Annual report on the working of the lock hospitals in the Central Provinces
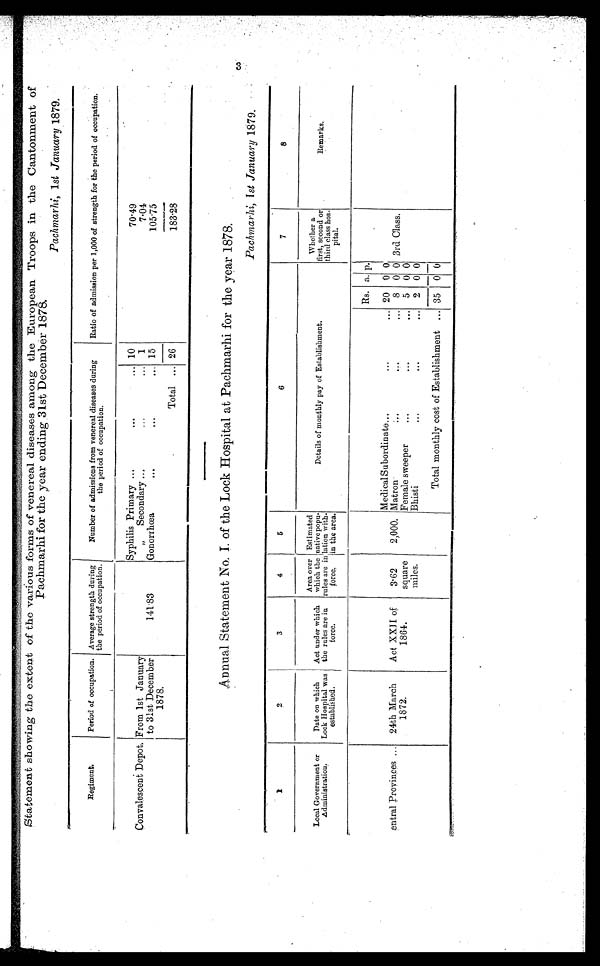
Statement showing the extent of the various forms of venereal diseases among the European Troops in the Cantonment of
Pachmarhi for the year ending 31st December 1878.
Pachmarhi, 1 st January 1879.
Regiment.
Period of occupation. Average strength during
the period of occupation.
Number of admissions from venereal diseases during
the period of occupation.
Ratio of admission per 1,000 of strength for the period of occupation.
Convalescent Depot. From 1st January
to 31st December
1878.
141.83
Syphilis Primary ...
...
10
70.49
„ Secondary ..,
,..
1
7.04
Gonorrhœa
...
...
15
105.75
Total
26
183.28
Annual Statement No. I. of the Lock Hospital at Pachmarhi for the year 1878.
Pachmarhi, 1 st January 1879.
1
2
3
4
5
6
7
8
Local Government or
Administration.
Date on which
Lock Hospital was
established.
Act under which
the rules are in
force.
Area over
which the
rules are in
force.
Estimated
native popu-
lation with.
in the area.
Details of monthly pay of Establishment.
Whether a
first, second or
third class hos-
pital.
R e m a r k s .
entral Provinces
. -
24th March
1872.
Act XXII of
1864.
3.62
square
miles.
2,000.
Rs. a. p.
3rd Class.
Medical Subordinate...
..I
...
20 0 0
Matron
.. .
8 0 0
Female sweeper
...
8..
1.. a
5 0 0
Bhisti
...
... 2 0 0
Total monthly cost of Establishment ... 35 0 0
3